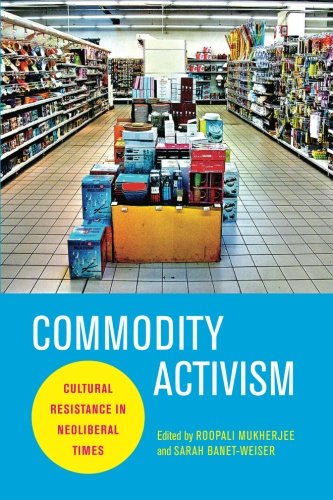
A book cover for Commodity Activism: Cultural Resistance in Neoliberal Times (Critical Cultural Communication); Law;